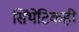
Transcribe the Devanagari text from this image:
सिंथेटिकही